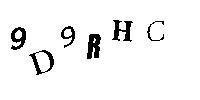
9D9RHC